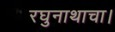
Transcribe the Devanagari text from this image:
रघुनाथाचा।